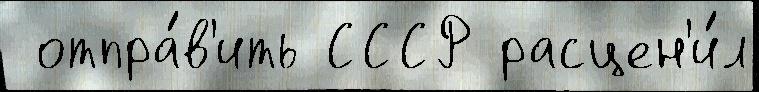
 отпра́в'ить СССР расцен'и́л